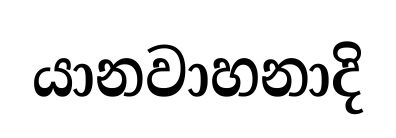
යානවාහනාදි